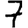
Digit: 7